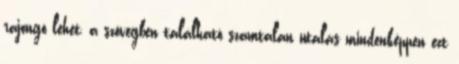
rajongó lehet, a szövegben található számtalan utalás mindenképpen ezt